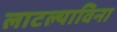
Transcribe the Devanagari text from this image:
लाटल्याविना